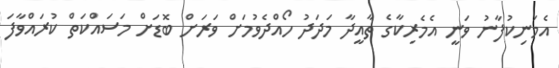
އެމަނިކުފާނު ވަނީ އެމެރިކާގެ ތާއީދާ މަދަދު ހޯއްދެވުމަށް ވަރަށް ބޮޑަށް މަސައްކަތް ކުރައްވާފަ